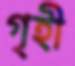
গৃহী